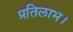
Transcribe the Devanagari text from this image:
प्रतिलाभ।